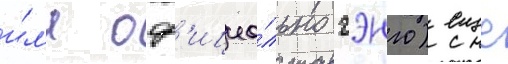
и́л'и оф'ициа́льно гэнго) еще